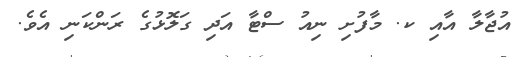
އުޖާލާ އާއި ކ. މާފުށި ނިއު ސްޓާ އަދި ގަލޮޅުގެ ރަންކަނި އެވެ.